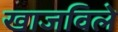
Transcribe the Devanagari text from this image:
खाजविले